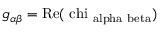
g _ { \alpha \beta } = \mathrm { { R e } ( \ c h i _ { \ a l p h a \ b e t a } ) }